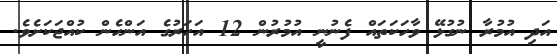
އަދި އުމުރާ ނުގުޅޭ ވާހަކަތައް ފެނުނީ އުމުރުުން 12 އަހަރުގެ އަންހެން ކުއްޖަކަށެވެ.